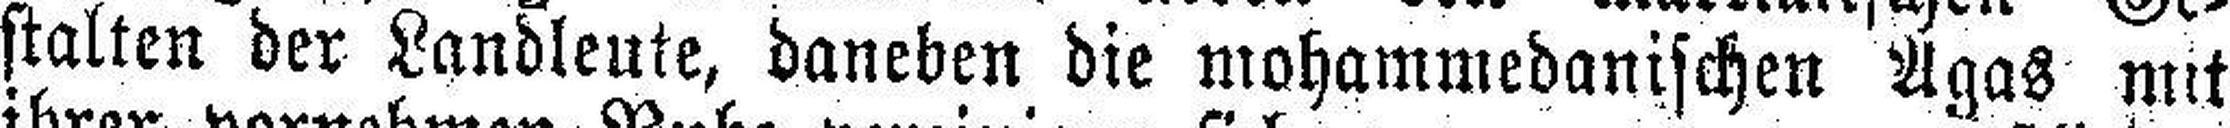
stalten der Landleute, daneben die mohammedanischen Agas mit